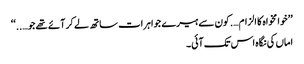
’’خوا مخواہ کا الزام….کون سے ہیرے جواہرات ساتھ لے کر آئے تھے جو…..‘‘
اماں کی نگاہ اس تک آئی۔